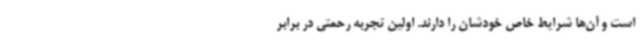
است و آن‌ها شرایط خاص خودشان را دارند. اولین تجربه رحمتی در برابر